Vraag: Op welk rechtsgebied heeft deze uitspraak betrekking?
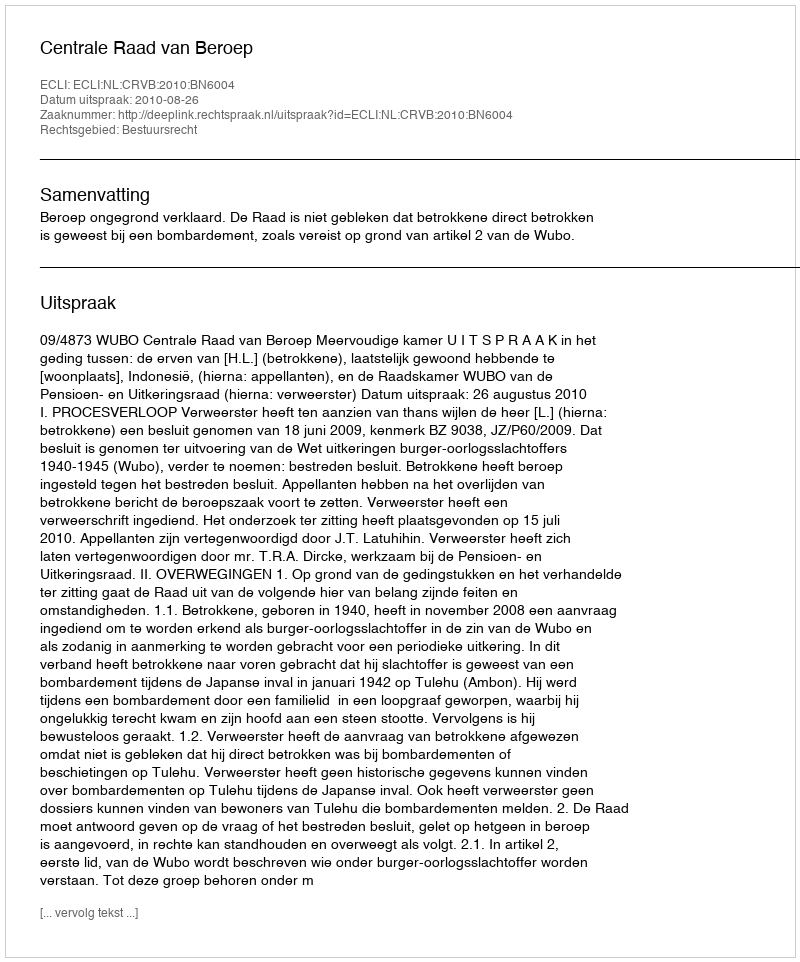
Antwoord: Bestuursrecht